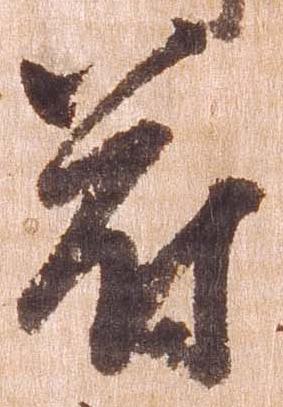
符